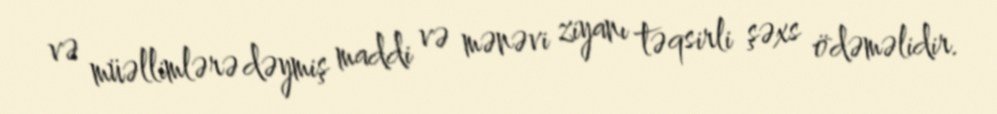
və müəllimlərə dəymiş maddi və mənəvi ziyanı təqsirli şəxs ödəməlidir.